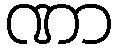
ဏာ